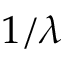
1 / \lambda